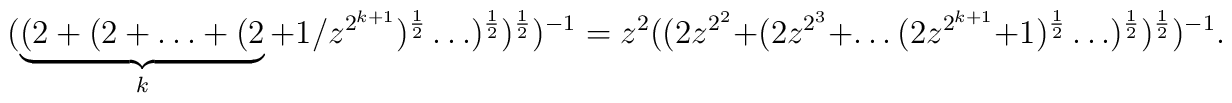
(\underbrace{(2+(2+ \dots + (2}_{k}+ 1/z^{2^{k+1}} )^{\frac{1}{2}}\ldots  )^{\frac{1}{2}} )^{\frac{1}{2}})^{-1} = z^2 ((2 z^{2^2} + (2 z^{2^3} + \ldots (2 z^{2^{k +1}} +1)^{\frac{1}{2}} \ldots )^{\frac{1}{2}})^{\frac{1}{2}})^{-1}.